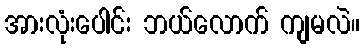
အားလုံးပေါင်း ဘယ်လောက် ကျမလဲ။